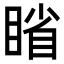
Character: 𪾱